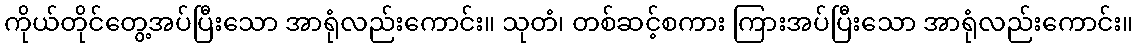
ကိုယ်တိုင်တွေ့အပ်ပြီးသော အာရုံလည်းကောင်း။ သုတံ၊ တစ်ဆင့်စကား ကြားအပ်ပြီးသော အာရုံလည်းကောင်း။